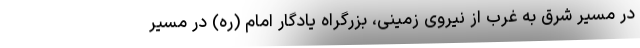
در مسیر شرق به غرب از نیروی زمینی، بزرگراه یادگار امام (ره) در مسیر